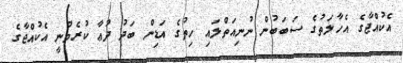
އެކުއްޖާގެ އެހާލަތުގެ ސަބަބުން ނުނިއަތްލައި ހިތުގެ އަޑިން ބަދު ދުޢާ ކުރެވުނީ އެކުއްޖާގެ